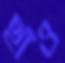
ছাঁও